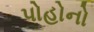
પોહોનો